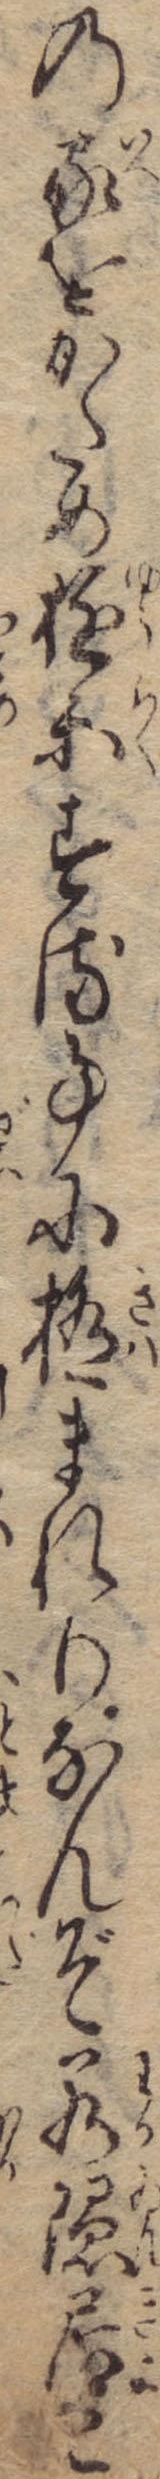
の家をかため遊楽する事に極まれりなんぞ若隠居と